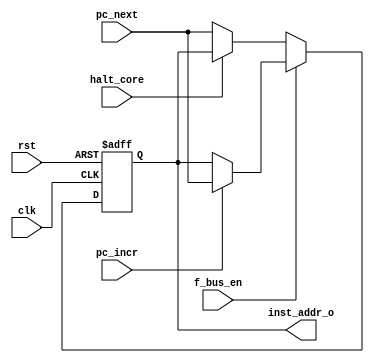
// Company           :   tud                      
//                    			
// Project Name      :   prz    
// Subproject Name   :   main    
// Description       :   <short description>            
//
// Last Change       :   $Date: 2021-03-11 17:39:50 +0100 (Thu, 11 Mar 2021) $
// by                :   $Author: vepr19 $                  			
//------------------------------------------------------------
`timescale 1ns/10ps
module fetcher (clk,
		rst,
		inst_addr_o,
		pc_next,
		halt_core,
		f_bus_en,
		pc_incr
	
		);
  	input  			clk;
  	input  			rst;
  	output [31:0] 		inst_addr_o;
	input  [31:0]           pc_next;
 	input 			halt_core;
	input 			pc_incr;
	input 			f_bus_en;
	reg [31:0] 		inst_addr;
	


	always@(posedge clk,negedge rst) begin
		if(!rst)
			inst_addr <= 32'h0004; //Reset handler is at 0x0008,pc_next given to MCntroller so 0x004 set

		else begin
			if(!f_bus_en )begin
				if(!halt_core) 
					inst_addr <= pc_next;
			end
			else if(pc_incr) // for bus side fetch
				inst_addr <= pc_next;
		end
		
	end


	assign inst_addr_o = inst_addr;

endmodule